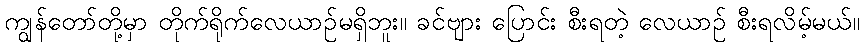
ကျွန်တော်တို့မှာ တိုက်ရိုက်လေယာဉ်မရှိဘူး။ ခင်ဗျား ပြောင်း စီးရတဲ့ လေယာဉ် စီးရလိမ့်မယ်။